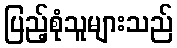
ပြည့်စုံသူများသည်